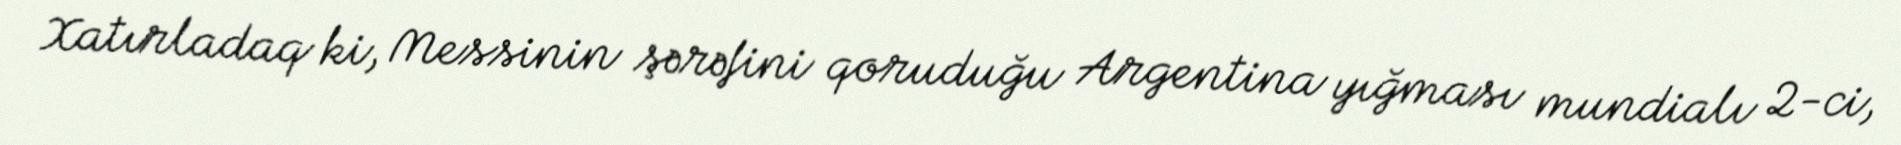
Xatırladaq ki, Messinin şərəfini qoruduğu Argentina yığması mundialı 2-ci,